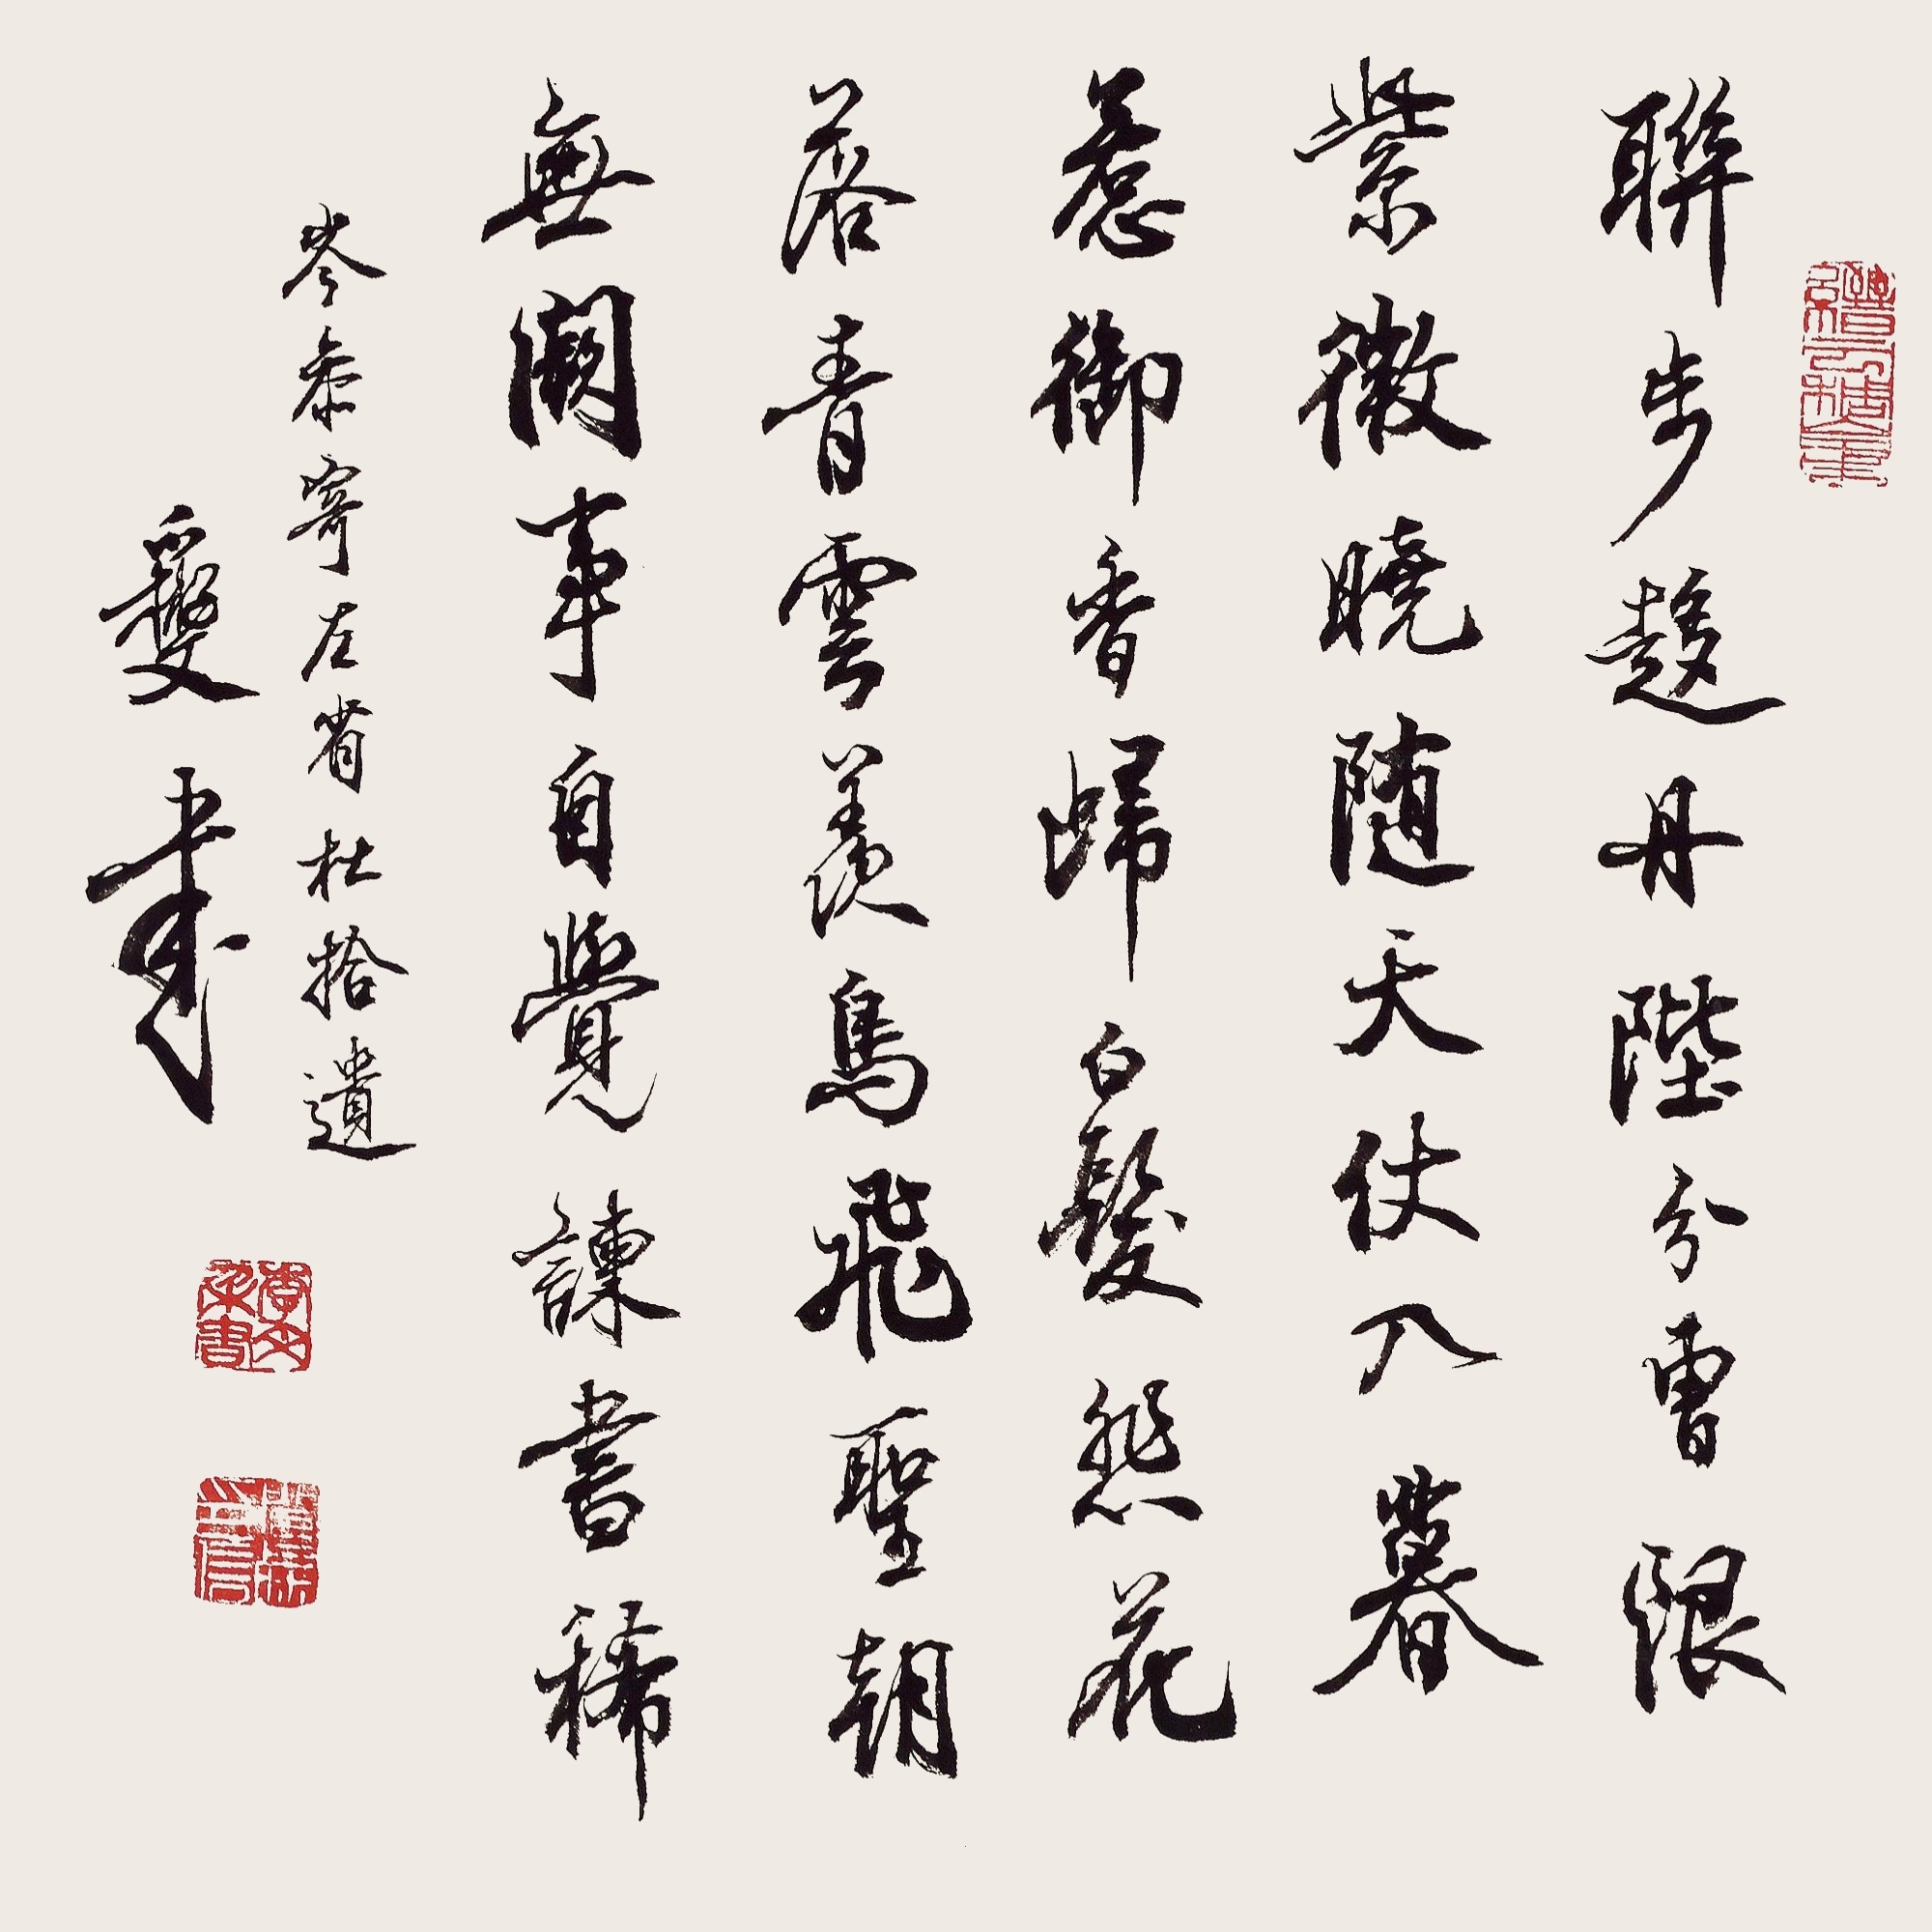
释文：联步趋丹陛，分曹限紫微。晓随天仗入，暮惹御香归。白发悲花落，青云羡鸟飞。圣朝无阙事，自觉谏书稀。岑参寄左省赵拾遗。李文采书。